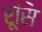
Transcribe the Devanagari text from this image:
रूसि